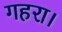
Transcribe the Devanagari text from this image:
गहरा।